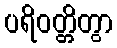
ပရိဝတ္တိတွာ